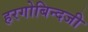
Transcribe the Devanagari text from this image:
हरगोबिन्दजी